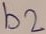
Text: b2